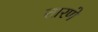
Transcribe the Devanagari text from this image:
तारणे